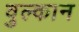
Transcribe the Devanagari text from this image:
वुल्कान